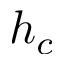
h _ { c }